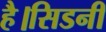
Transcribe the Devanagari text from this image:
है।सिडनी